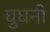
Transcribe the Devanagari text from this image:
घुघनी